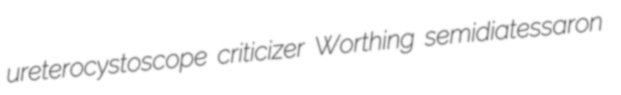
ureterocystoscope criticizer Worthing semidiatessaron